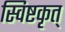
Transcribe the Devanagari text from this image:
स्विष्टकृत्